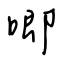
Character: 唧